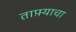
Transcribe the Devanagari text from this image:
ताफ़्याचा